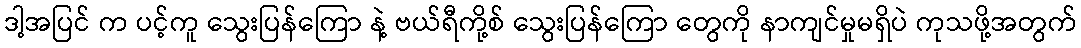
ဒါ့အပြင် က ပင့်ကူ သွေးပြန်ကြော နဲ့ ဗယ်ရီကို့စ် သွေးပြန်ကြော တွေကို နာကျင်မှုမရှိပဲ ကုသဖို့အတွက်